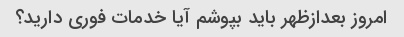
امروز بعدازظهر باید بپوشم آیا خدمات فوری دارید؟